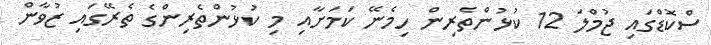
ސްކޮޑްގައި ޖުމްލަ 12 ކުޅުންތެރިން ހިމެނޭ ކަމަށާއި މި ކުޅުންތެރިންގެ ތެރޭގައި ޒުވާން